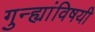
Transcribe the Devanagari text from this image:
गुन्ह्यांविषयी